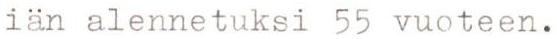
iän alennetuksi 55 vuoteen.